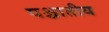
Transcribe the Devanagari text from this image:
पश्चातीय